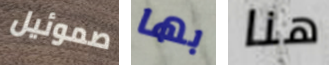
صموئيل بها هنا